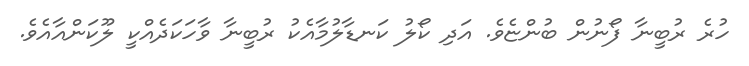
ހުރެ ރުބީނާ ފޯނުން ބުންޏެވެ. އަދި ކޯލު ކަނޑާލުމާއެކު ރުބީނާ ވާހަކަދެއްކީ ލޫކަންއާއެވެ.